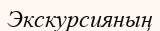
Экскурсияның